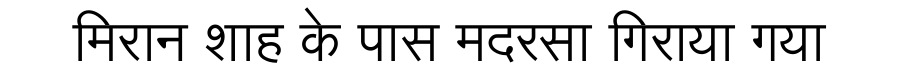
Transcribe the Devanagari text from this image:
मिरान शाह के पास मदरसा गिराया गया